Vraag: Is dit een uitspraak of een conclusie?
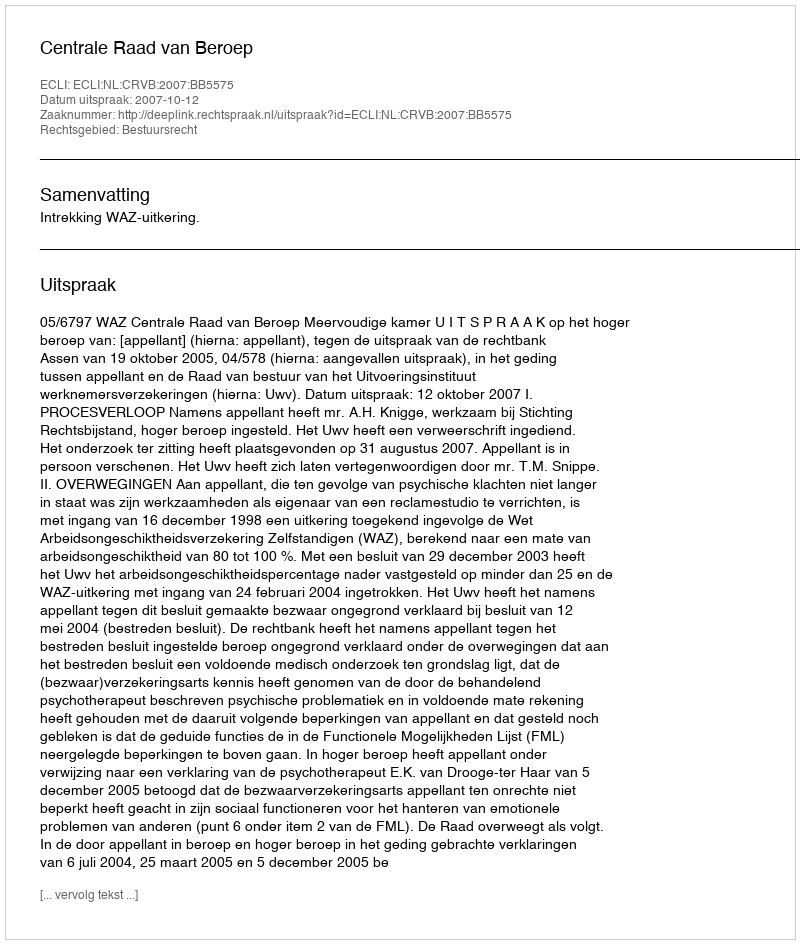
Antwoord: Uitspraak